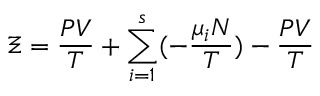
\Xi = { \frac { P V } { T } } + \sum _ { i = 1 } ^ { s } ( - { \frac { \mu _ { i } N } { T } } ) - { \frac { P V } { T } }